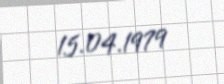
15.04.1979